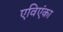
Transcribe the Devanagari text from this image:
एविएंका